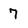
Character: 7